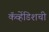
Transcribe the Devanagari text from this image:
कॅव्हेंडिशची